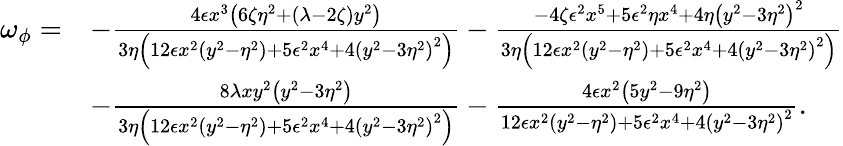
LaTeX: \begin{array}{rl}{\omega_{\phi}=}&{-\frac{4\epsilon x^{3}\left(6\zeta\eta^{2}+(\lambda-2\zeta)y^{2}\right)}{3\eta\left(12\epsilon x^{2}\left(y^{2}-\eta^{2}\right)+5\epsilon^{2}x^{4}+4\left(y^{2}-3\eta^{2}\right)^{2}\right)}-\frac{-4\zeta\epsilon^{2}x^{5}+5\epsilon^{2}\eta x^{4}+4\eta\left(y^{2}-3\eta^{2}\right)^{2}}{3\eta\left(12\epsilon x^{2}\left(y^{2}-\eta^{2}\right)+5\epsilon^{2}x^{4}+4\left(y^{2}-3\eta^{2}\right)^{2}\right)}}\\ &{-\frac{8\lambda xy^{2}\left(y^{2}-3\eta^{2}\right)}{3\eta\left(12\epsilon x^{2}\left(y^{2}-\eta^{2}\right)+5\epsilon^{2}x^{4}+4\left(y^{2}-3\eta^{2}\right)^{2}\right)}-\frac{4\epsilon x^{2}\left(5y^{2}-9\eta^{2}\right)}{12\epsilon x^{2}\left(y^{2}-\eta^{2}\right)+5\epsilon^{2}x^{4}+4\left(y^{2}-3\eta^{2}\right)^{2}}.}\end{array}